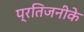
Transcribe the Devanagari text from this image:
प्रतिजनीके